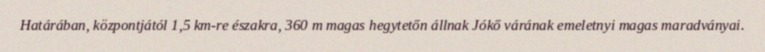
Határában, központjától 1,5 km-re északra, 360 m magas hegytetőn állnak Jókő várának emeletnyi magas maradványai.